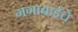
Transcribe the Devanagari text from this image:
गंगाबाईंचे